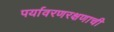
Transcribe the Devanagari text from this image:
पर्यावरणरक्षणाची